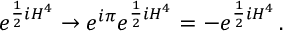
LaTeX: e ^ { \frac { 1 } { 2 } i H ^ { 4 } } \rightarrow e ^ { i \pi } e ^ { \frac { 1 } { 2 } i H ^ { 4 } } = - e ^ { \frac { 1 } { 2 } i H ^ { 4 } } \, .